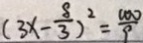
( 3 x - \frac { 8 } { 3 } ) ^ { 2 } = \frac { 1 0 0 } { 9 }